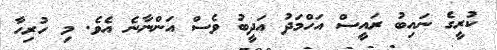
ކުރީގެ ނައިބު ރައީސް އަހްމަދު އަދީބު ވެސް އަންނާނެ އެވެ. މި ހުރިހާ